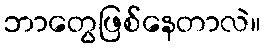
ဘာတွေဖြစ်နေတာလဲ။